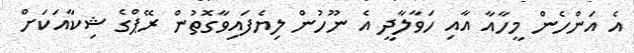
އެ އަންހެން މީހާއާ އާއި ހަވާލާދީ އެ ނޫހުން ލިޔެފައިވާގޮތުުން ރޭޕްގެ ޝިކާއަކަށް